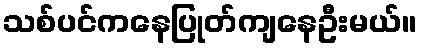
သစ်ပင်ကနေပြုတ်ကျနေဦးမယ်။